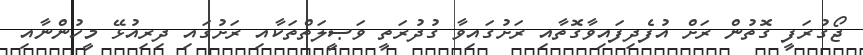
ޖޯގުރަފީ ގޮތުން ރަށް އުފެދިފައިވާގޮތާއި ރަށުގައިވާ ގުދުރަތީ ވަޞީލަތްތަކާއި ރަށުގައި ދިރިއުޅޭ މީހުންނާއި